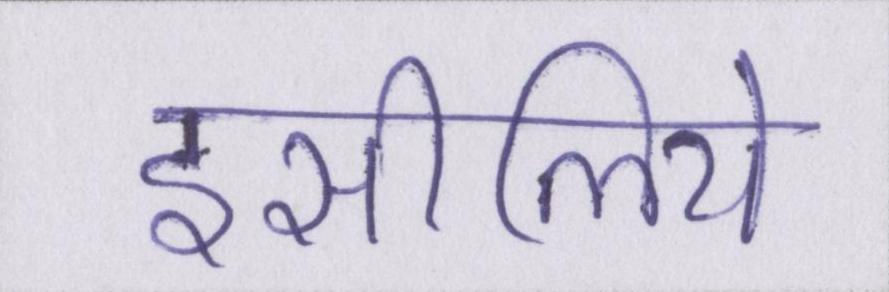
इसीलिये